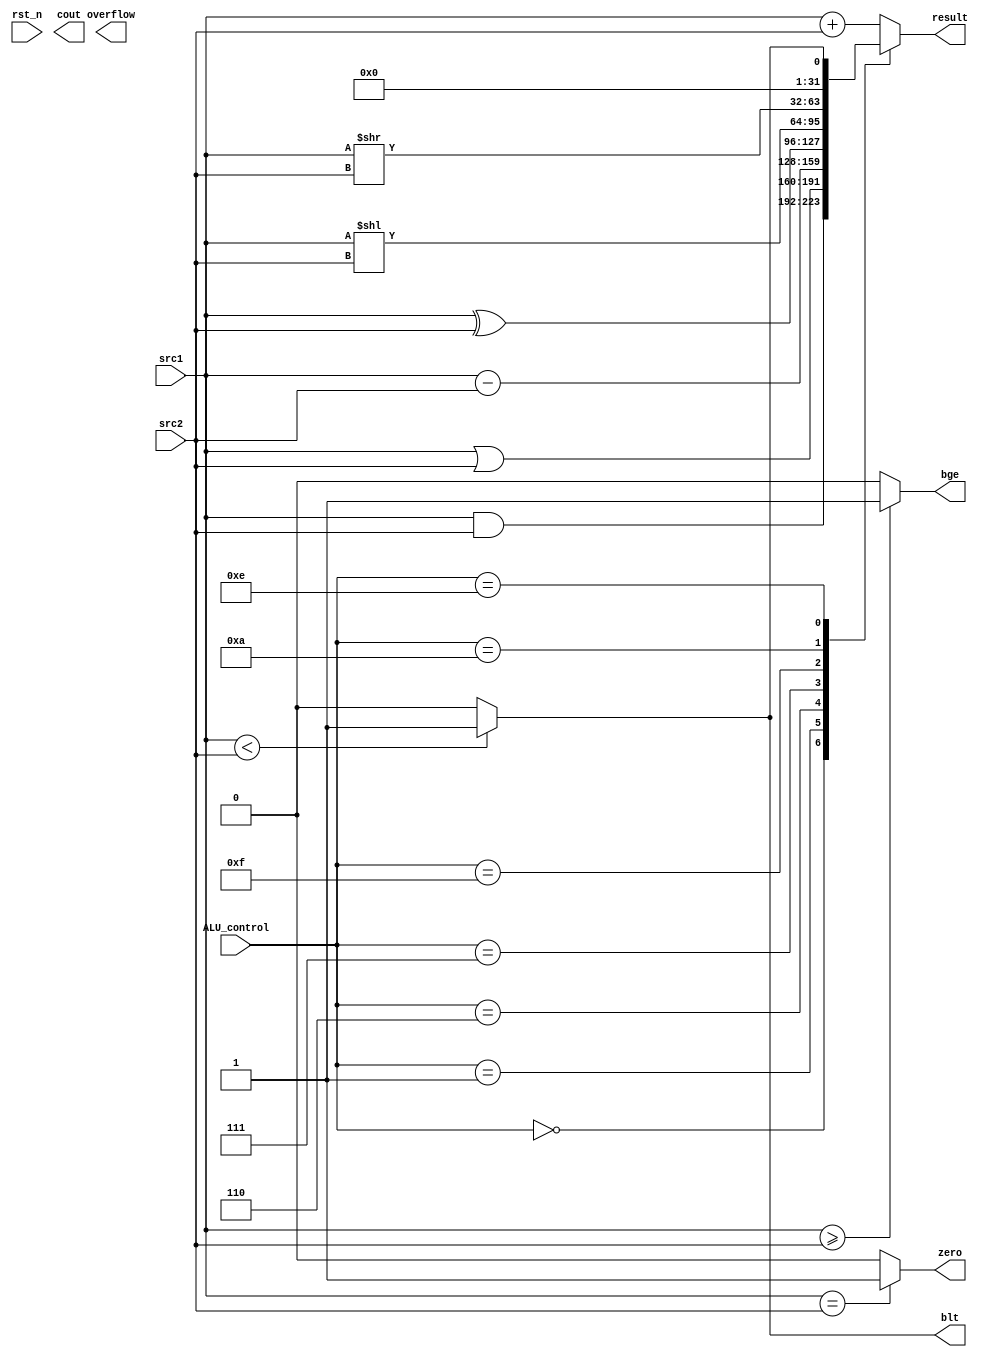
/***************************************************
Student Name: 
Student ID:0716230
***************************************************/
`timescale 1ns/1ps

module alu(
	input                   rst_n,         // negative reless            (input)
	input	     [32-1:0]	src1,          // 32 bits source 1          (input)
	input	     [32-1:0]	src2,          // 32 bits source 2          (input)
	input 	     [ 4-1:0] 	ALU_control,   // 4 bits ALU control input  (input)
	output reg   [32-1:0]	result,        // 32 bits result            (output)
	output reg              zero,          // 1 bit when the output is 0, zero must be less (output)
	output reg   [32-1:0]   cout,          // 1 bit carry out           (output)
	output reg              overflow,       // 1 bit overflow            (output)
	output reg 				bge,
	output reg 				blt
	);
always@(*)
begin 
	case(ALU_control)
	4'b0000: result = src1 & src2;
	4'b0001: result = src1 | src2;
	4'b0010: result = src1 + src2;
	4'b0110: result = src1 - src2;
	4'b0111: result = src1 ^ src2;  //xor
	4'b1111: result = src1<<src2;	//shift left
	4'b1010: result = src1>>src2;	//shift right
	4'b1110: result = (src1<src2)? 32'b1: 32'b0;	//slt
	default: result = src1 + src2;
	endcase

	zero = (src1==src2)?1:0;
	bge = (src1>=src2)?1:0;
	blt = (src1<src2)?1:0;
end
endmodule